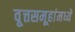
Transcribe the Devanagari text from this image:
वृ्त्तसमूहांमध्ये